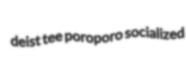
deist tee poroporo socialized